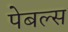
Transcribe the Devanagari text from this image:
पेबल्स